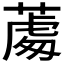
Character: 𦸵